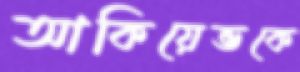
আকিয়েভকে